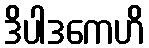
ဒိပါဒကေဟိ